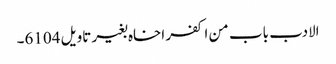
الادب باب من اکفر اخاہ بغیر تاویل 6104۔